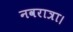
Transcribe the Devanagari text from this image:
नवरात्रा।